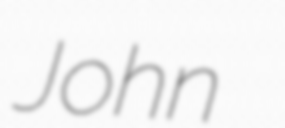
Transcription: John